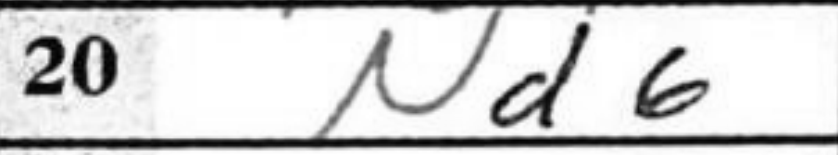
Transcription: Nd6